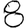
Digit: 8